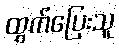
ထွက်ပြေးသူ